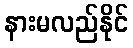
နားမလည်နိုင်